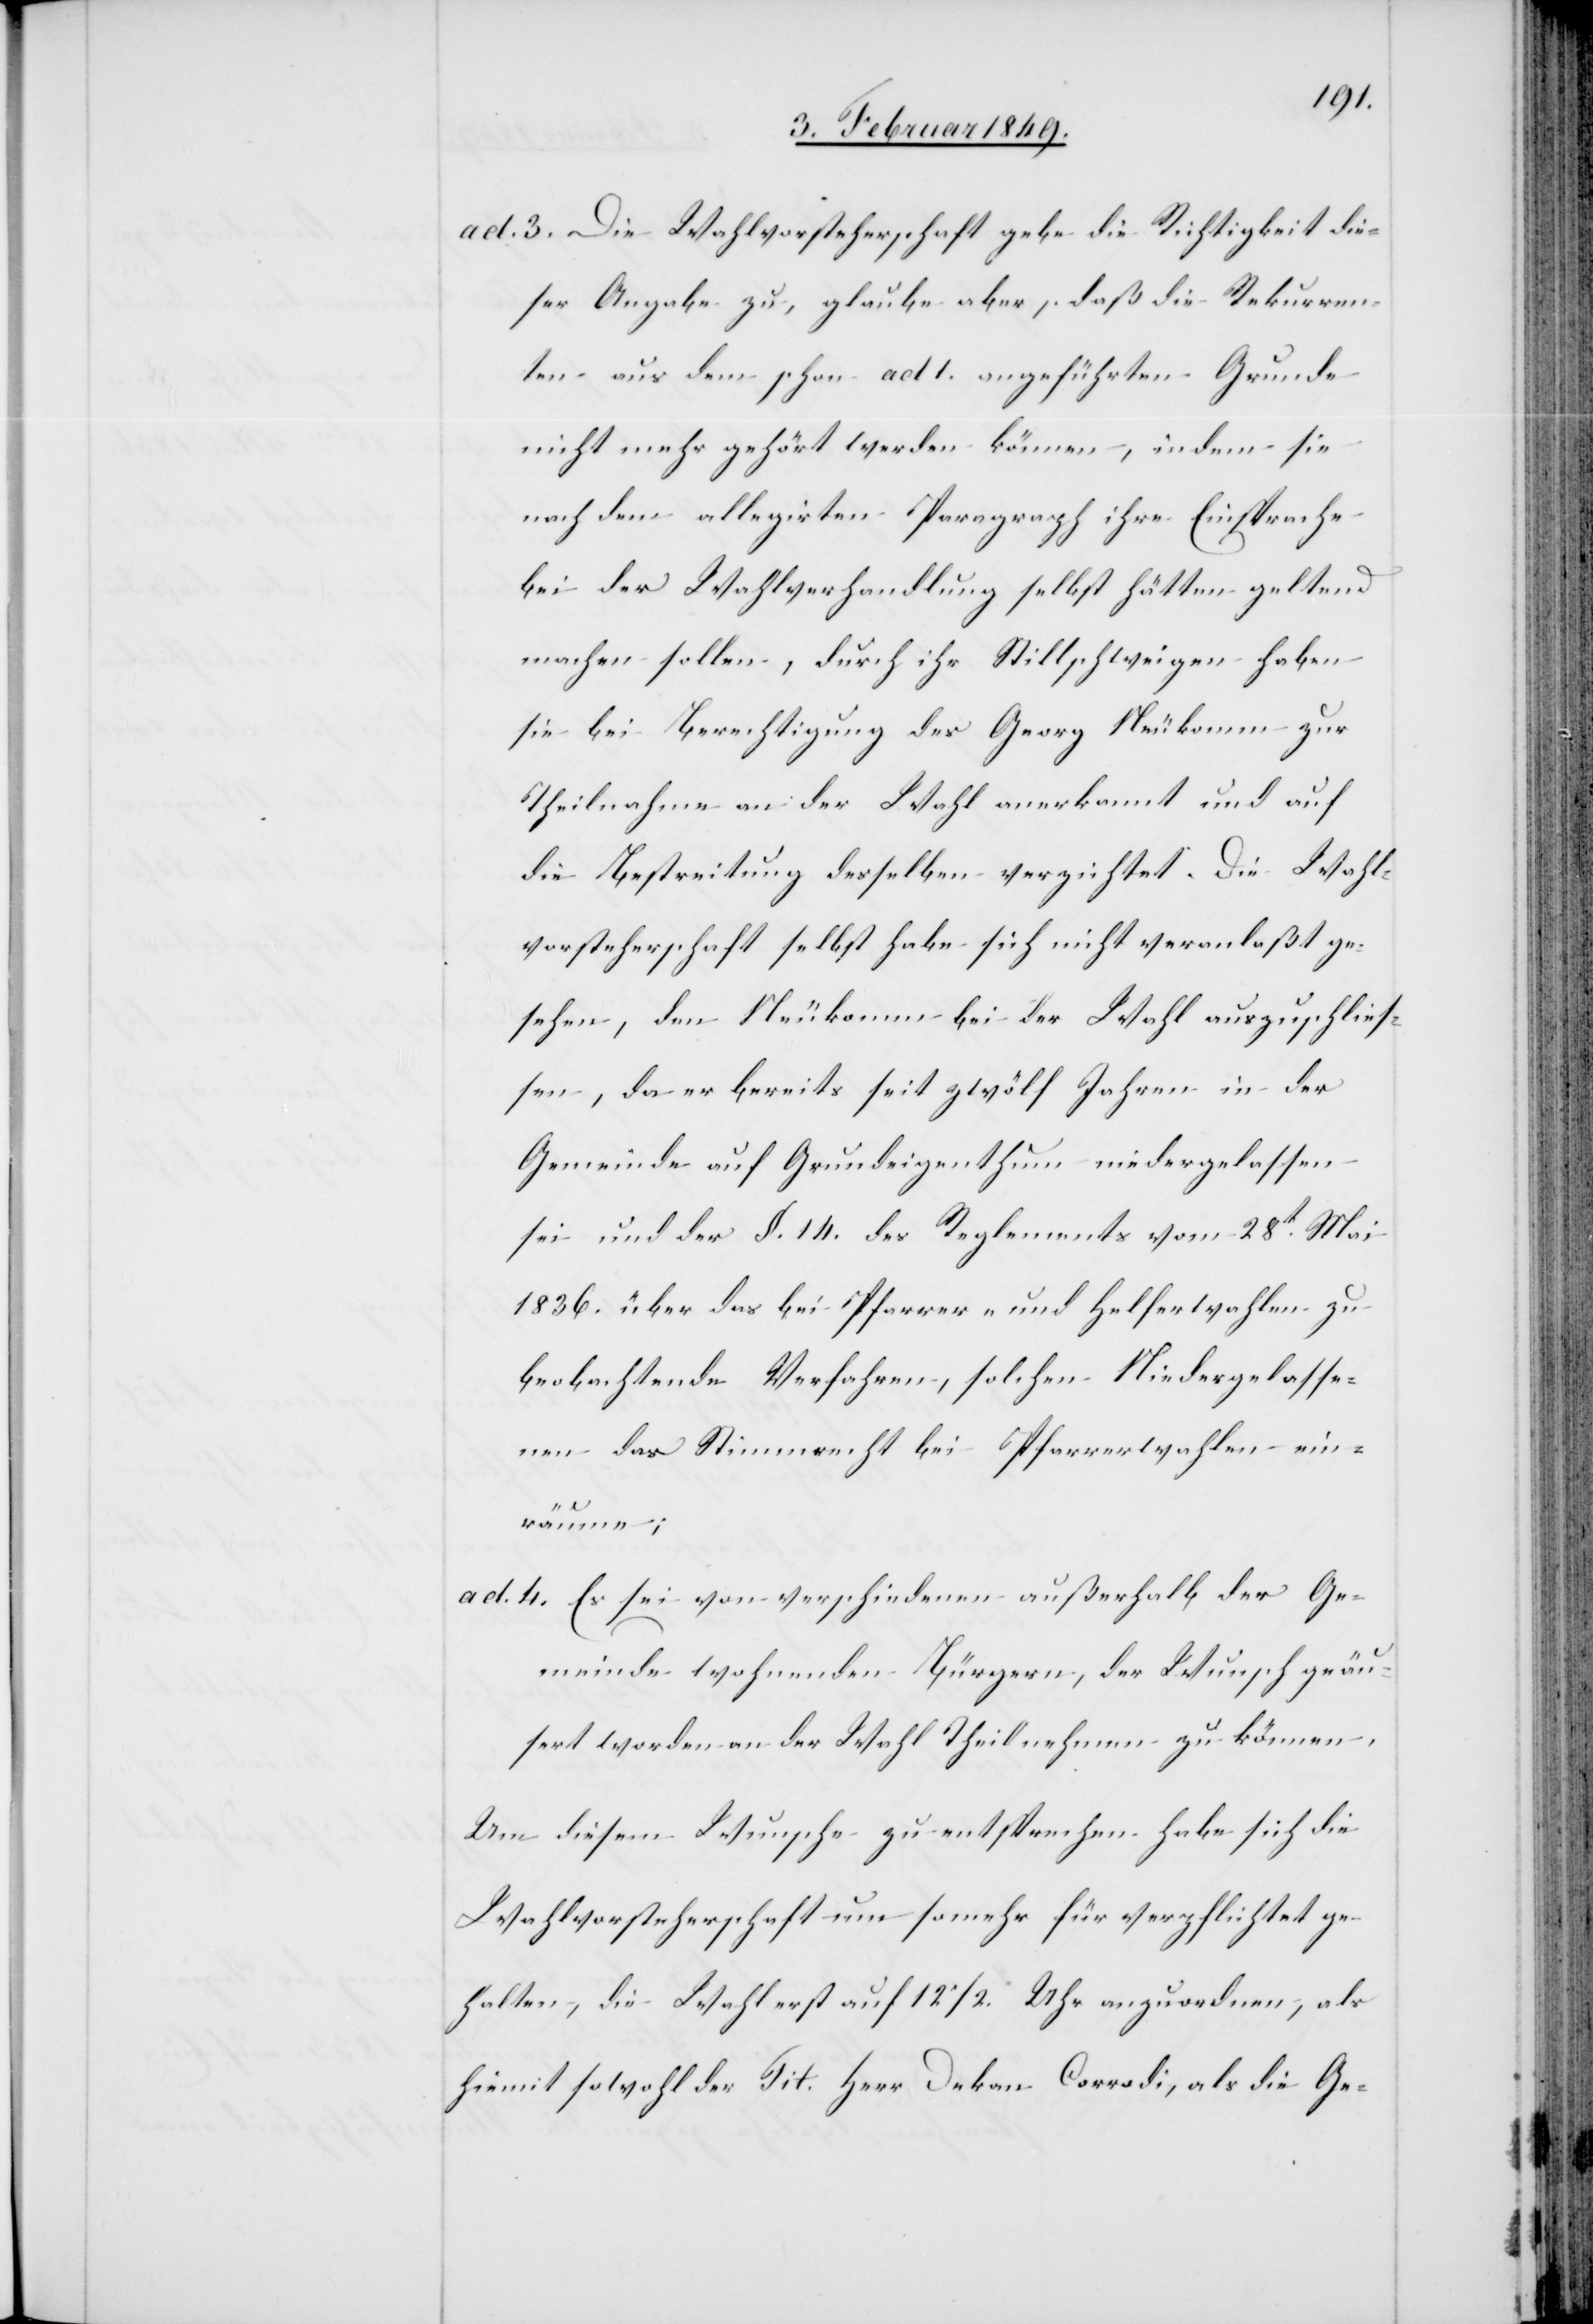
ad. 3. Die Wahlvorsteherschaft gebe die Richtigkeit die¬
ser Angabe zu, glaube aber, daß die Rekurren¬
ten aus dem schon ad 1. angeführten Grunde
nicht mehr gehört werden können, indem sie
nach dem allegirten Paragraph ihre Einsprache
bei der Wahlverhandlung selbst hätten geltend
machen sollen, durch ihr Stillschweigen haben
sie bei Berechtigung des Georg Neukomm zur
Theilnahme an der Wahl anerkannt und auf
die Bestreitung desselben verzichtet. Die Wahl¬
vorsteherschaft selbst habe sich nicht veranlaßt ge¬
sehen, den Neukomm bei der Wahl auszuschlies¬
sen, da er bereits seit zwölf Jahren in der
Gemeinde auf Grundeigenthum niedergelassen
sei und der §. 14. des Reglements vom 28t. Mai
1836. über das bei Pfarrer- und Helferwahlen zu
beobachtende Verfahren, solchen Niedergelasse¬
nen das Stimmrecht bei Pfarrerwahlen ein¬
räume;
ad. 4. Es sei von verschiedenen außerhalb der Ge¬
meinde wohnenden Bürgern, der Wunsch geäu¬
ßert worden an der Wahl Theil nehmen zu können.
Um diesem Wunsche zu entsprechen habe sich die
Wahlvorsteherschaft um so mehr für verpflichtet ge¬
halten, die Wahl erst auf 12 1/2. Uhr anzuordnen, als
hiemit sowohl der Tit. Herr Dekan Corrodi, als die Ge-